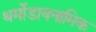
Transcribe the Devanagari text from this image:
थर्मोडायनामिक